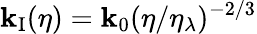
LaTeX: \mathbf{k}_{\mathrm{{I}}}(\eta)=\mathbf{k}_{0}(\eta/\eta_{\lambda})^{-2/3}